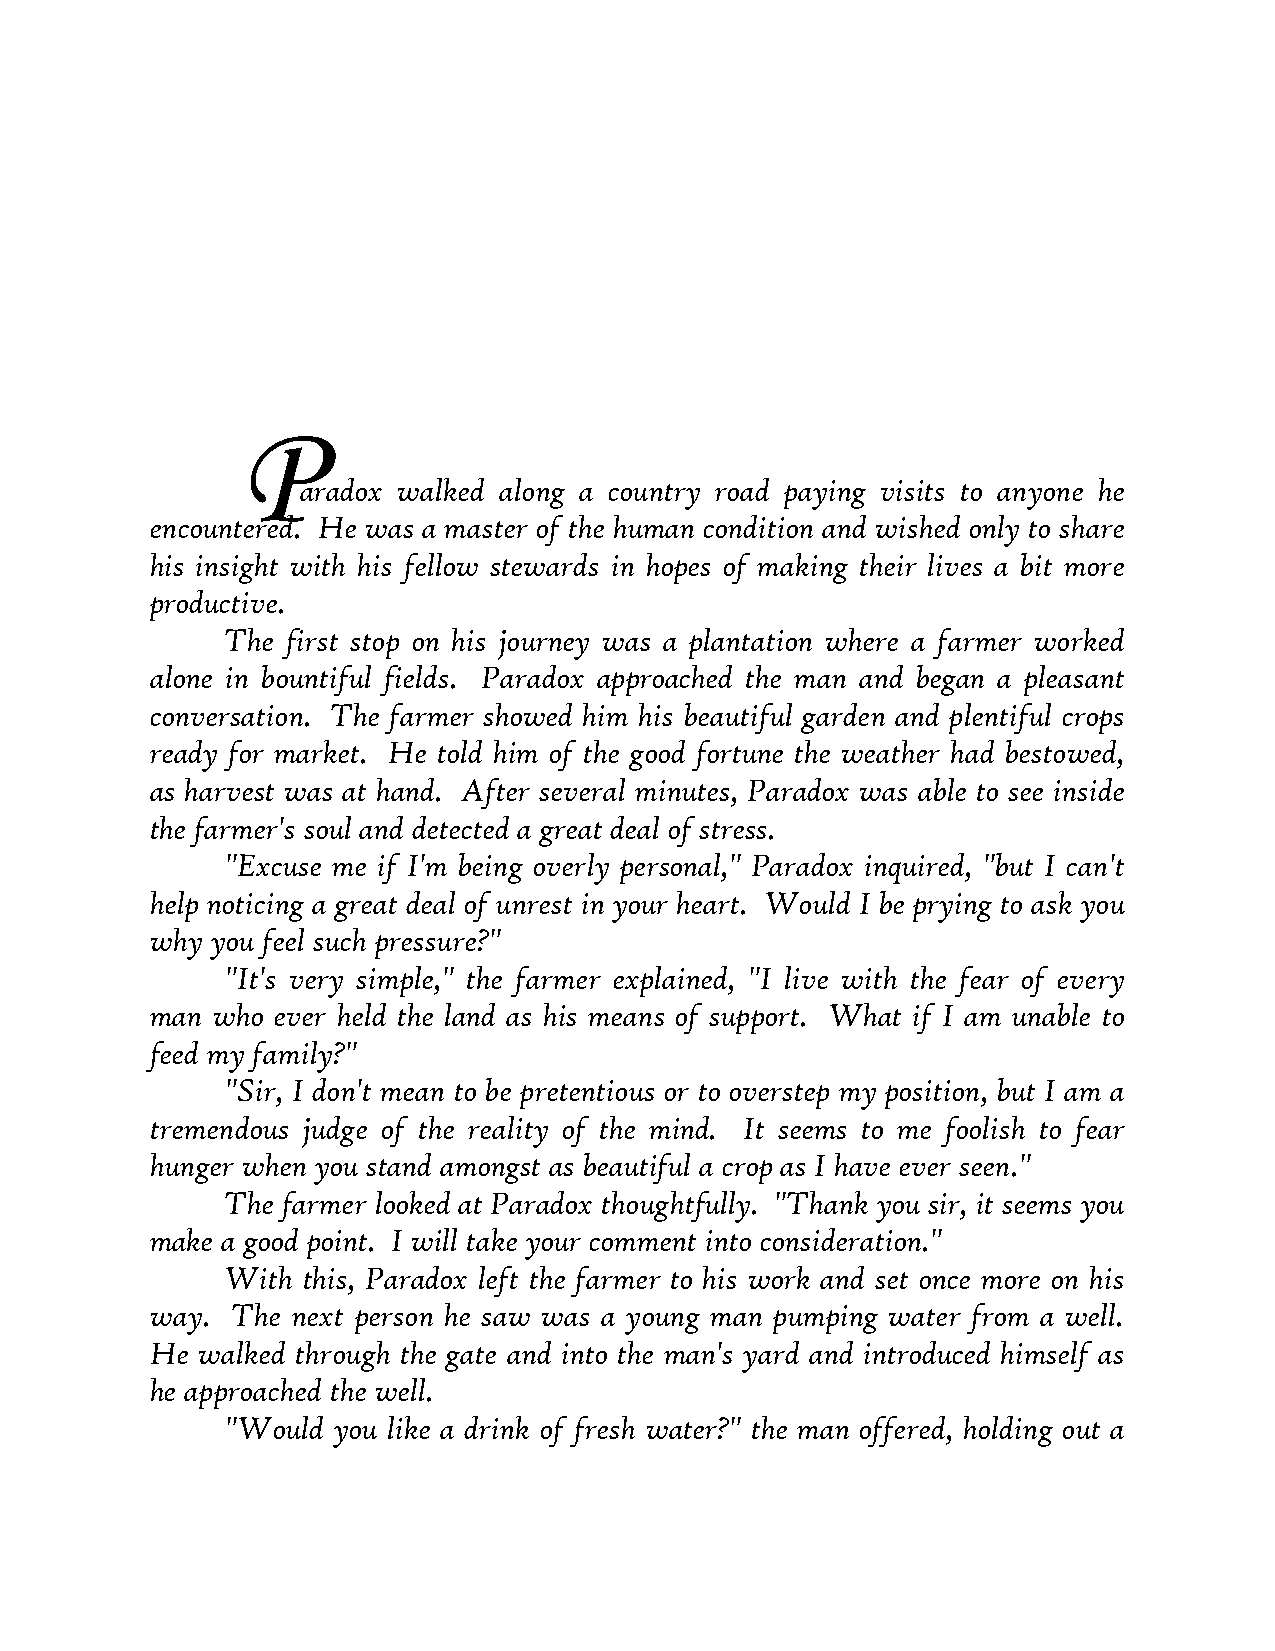
P
 aradox walked along a country road paying visits to anyone he
 encountered. He was a master of the human condition and wished only to share
 his insight with his fellow stewards in hopes of making their lives a bit more
 productive.
 The first stop on his journey was a plantation where a farmer worked
 alone in bountiful fields. Paradox approached the man and began a pleasant
 conversation. The farmer showed him his beautiful garden and plentiful crops
 ready for market. He told him of the good fortune the weather had bestowed,
 as harvest was at hand. After several minutes, Paradox was able to see inside
 the farmer's soul and detected a great deal of stress.
 "Excuse me if I'm being overly personal," Paradox inquired, "but I can't
 help noticing a great deal of unrest in your heart. Would I be prying to ask you
 why you feel such pressure?"
 "It's very simple," the farmer explained, "I live with the fear of every
 man who ever held the land as his means of support. What if I am unable to
 feed my family?"
 "Sir, I don't mean to be pretentious or to overstep my position, but I am a
 tremendous judge of the reality of the mind. It seems to me foolish to fear
 hunger when you stand amongst as beautiful a crop as I have ever seen."
 The farmer looked at Paradox thoughtfully. "Thank you sir, it seems you
 make a good point. I will take your comment into consideration."
 With this, Paradox left the farmer to his work and set once more on his
 way. The next person he saw was a young man pumping water from a well.
 He walked through the gate and into the man's yard and introduced himself as
 he approached the well.
 "Would you like a drink of fresh water?" the man offered, holding out a